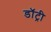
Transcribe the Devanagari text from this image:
डॉट्री